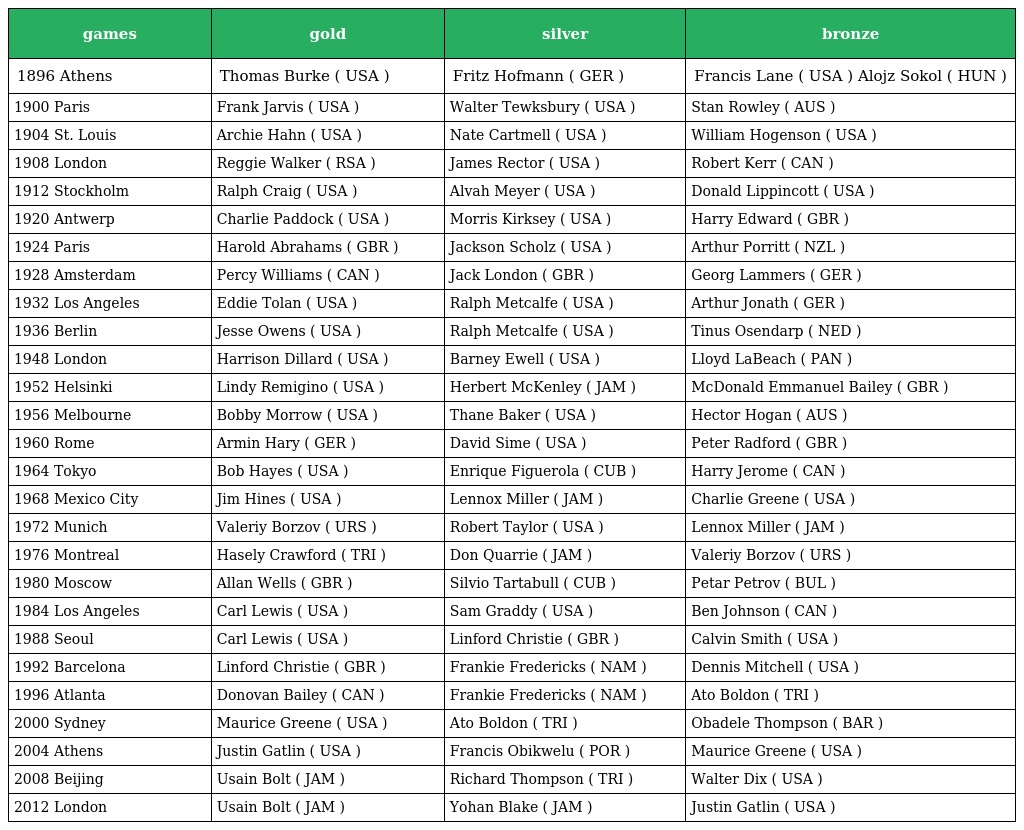
| games | gold | silver | bronze |
 | --- | --- | --- | --- |
 | 1896 Athens | Thomas Burke ( USA ) | Fritz Hofmann ( GER ) | Francis Lane ( USA ) Alojz Sokol ( HUN ) |
 | 1900 Paris | Frank Jarvis ( USA ) | Walter Tewksbury ( USA ) | Stan Rowley ( AUS ) |
 | 1904 St. Louis | Archie Hahn ( USA ) | Nate Cartmell ( USA ) | William Hogenson ( USA ) |
 | 1908 London | Reggie Walker ( RSA ) | James Rector ( USA ) | Robert Kerr ( CAN ) |
 | 1912 Stockholm | Ralph Craig ( USA ) | Alvah Meyer ( USA ) | Donald Lippincott ( USA ) |
 | 1920 Antwerp | Charlie Paddock ( USA ) | Morris Kirksey ( USA ) | Harry Edward ( GBR ) |
 | 1924 Paris | Harold Abrahams ( GBR ) | Jackson Scholz ( USA ) | Arthur Porritt ( NZL ) |
 | 1928 Amsterdam | Percy Williams ( CAN ) | Jack London ( GBR ) | Georg Lammers ( GER ) |
 | 1932 Los Angeles | Eddie Tolan ( USA ) | Ralph Metcalfe ( USA ) | Arthur Jonath ( GER ) |
 | 1936 Berlin | Jesse Owens ( USA ) | Ralph Metcalfe ( USA ) | Tinus Osendarp ( NED ) |
 | 1948 London | Harrison Dillard ( USA ) | Barney Ewell ( USA ) | Lloyd LaBeach ( PAN ) |
 | 1952 Helsinki | Lindy Remigino ( USA ) | Herbert McKenley ( JAM ) | McDonald Emmanuel Bailey ( GBR ) |
 | 1956 Melbourne | Bobby Morrow ( USA ) | Thane Baker ( USA ) | Hector Hogan ( AUS ) |
 | 1960 Rome | Armin Hary ( GER ) | David Sime ( USA ) | Peter Radford ( GBR ) |
 | 1964 Tokyo | Bob Hayes ( USA ) | Enrique Figuerola ( CUB ) | Harry Jerome ( CAN ) |
 | 1968 Mexico City | Jim Hines ( USA ) | Lennox Miller ( JAM ) | Charlie Greene ( USA ) |
 | 1972 Munich | Valeriy Borzov ( URS ) | Robert Taylor ( USA ) | Lennox Miller ( JAM ) |
 | 1976 Montreal | Hasely Crawford ( TRI ) | Don Quarrie ( JAM ) | Valeriy Borzov ( URS ) |
 | 1980 Moscow | Allan Wells ( GBR ) | Silvio Tartabull ( CUB ) | Petar Petrov ( BUL ) |
 | 1984 Los Angeles | Carl Lewis ( USA ) | Sam Graddy ( USA ) | Ben Johnson ( CAN ) |
 | 1988 Seoul | Carl Lewis ( USA ) | Linford Christie ( GBR ) | Calvin Smith ( USA ) |
 | 1992 Barcelona | Linford Christie ( GBR ) | Frankie Fredericks ( NAM ) | Dennis Mitchell ( USA ) |
 | 1996 Atlanta | Donovan Bailey ( CAN ) | Frankie Fredericks ( NAM ) | Ato Boldon ( TRI ) |
 | 2000 Sydney | Maurice Greene ( USA ) | Ato Boldon ( TRI ) | Obadele Thompson ( BAR ) |
 | 2004 Athens | Justin Gatlin ( USA ) | Francis Obikwelu ( POR ) | Maurice Greene ( USA ) |
 | 2008 Beijing | Usain Bolt ( JAM ) | Richard Thompson ( TRI ) | Walter Dix ( USA ) |
 | 2012 London | Usain Bolt ( JAM ) | Yohan Blake ( JAM ) | Justin Gatlin ( USA ) |